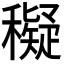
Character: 𥣖